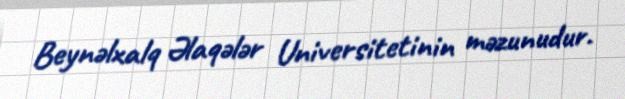
Beynəlxalq Əlaqələr Universitetinin məzunudur.